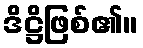
ဒိဋ္ဌိဖြစ်၏။